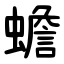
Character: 蟾